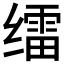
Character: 𱺭